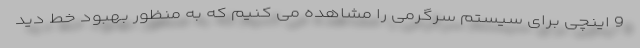
9 اینچی برای سیستم سرگرمی را مشاهده می کنیم که به منظور بهبود خط دید